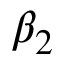
\beta _ { 2 }